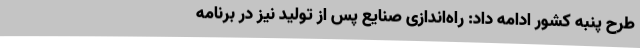
طرح پنبه کشور ادامه داد: راه‌اندازی صنایع پس از تولید نیز در برنامه